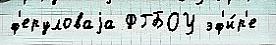
ф'еруловаjа ФГБОУ эф'и́р'е